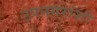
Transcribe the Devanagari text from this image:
उपनगरांशी